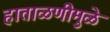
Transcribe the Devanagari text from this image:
हाताळणीमुळे